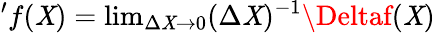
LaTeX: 'f(\mathit{X})=\mathrm{{lim}}_{\Delta\mathit{X}\rightarrow0}(\Delta\mathit{X})^{-1}\Deltaf(\mathit{X})